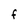
Character: F